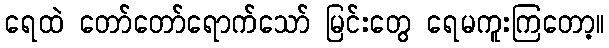
ရေထဲ တော်တော်ရောက်သော် မြင်းတွေ ရေမကူးကြတော့။